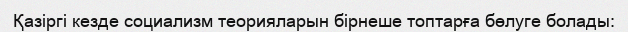
Қазіргі кезде социализм теорияларын бірнеше топтарға бөлуге болады: